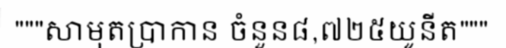
"""សាមុតប្រាកាន ចំនួន៨,៧២៥យូនីត"""